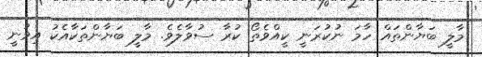
މާލީ ބަޔާންތައް ހާމަ ނުކުރަނީ ކީއްވެތޯ ކުރާ ސުވާލެވެ. މާލީ ބަޔާންތަކާއެކު އިވުނީ